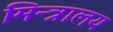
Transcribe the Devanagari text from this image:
मिन्त्रालय